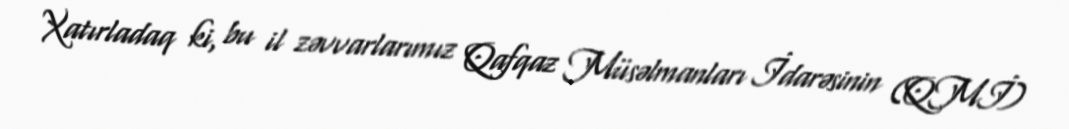
Xatırladaq ki, bu il zəvvarlarımız Qafqaz Müsəlmanları İdarəsinin (QMİ)